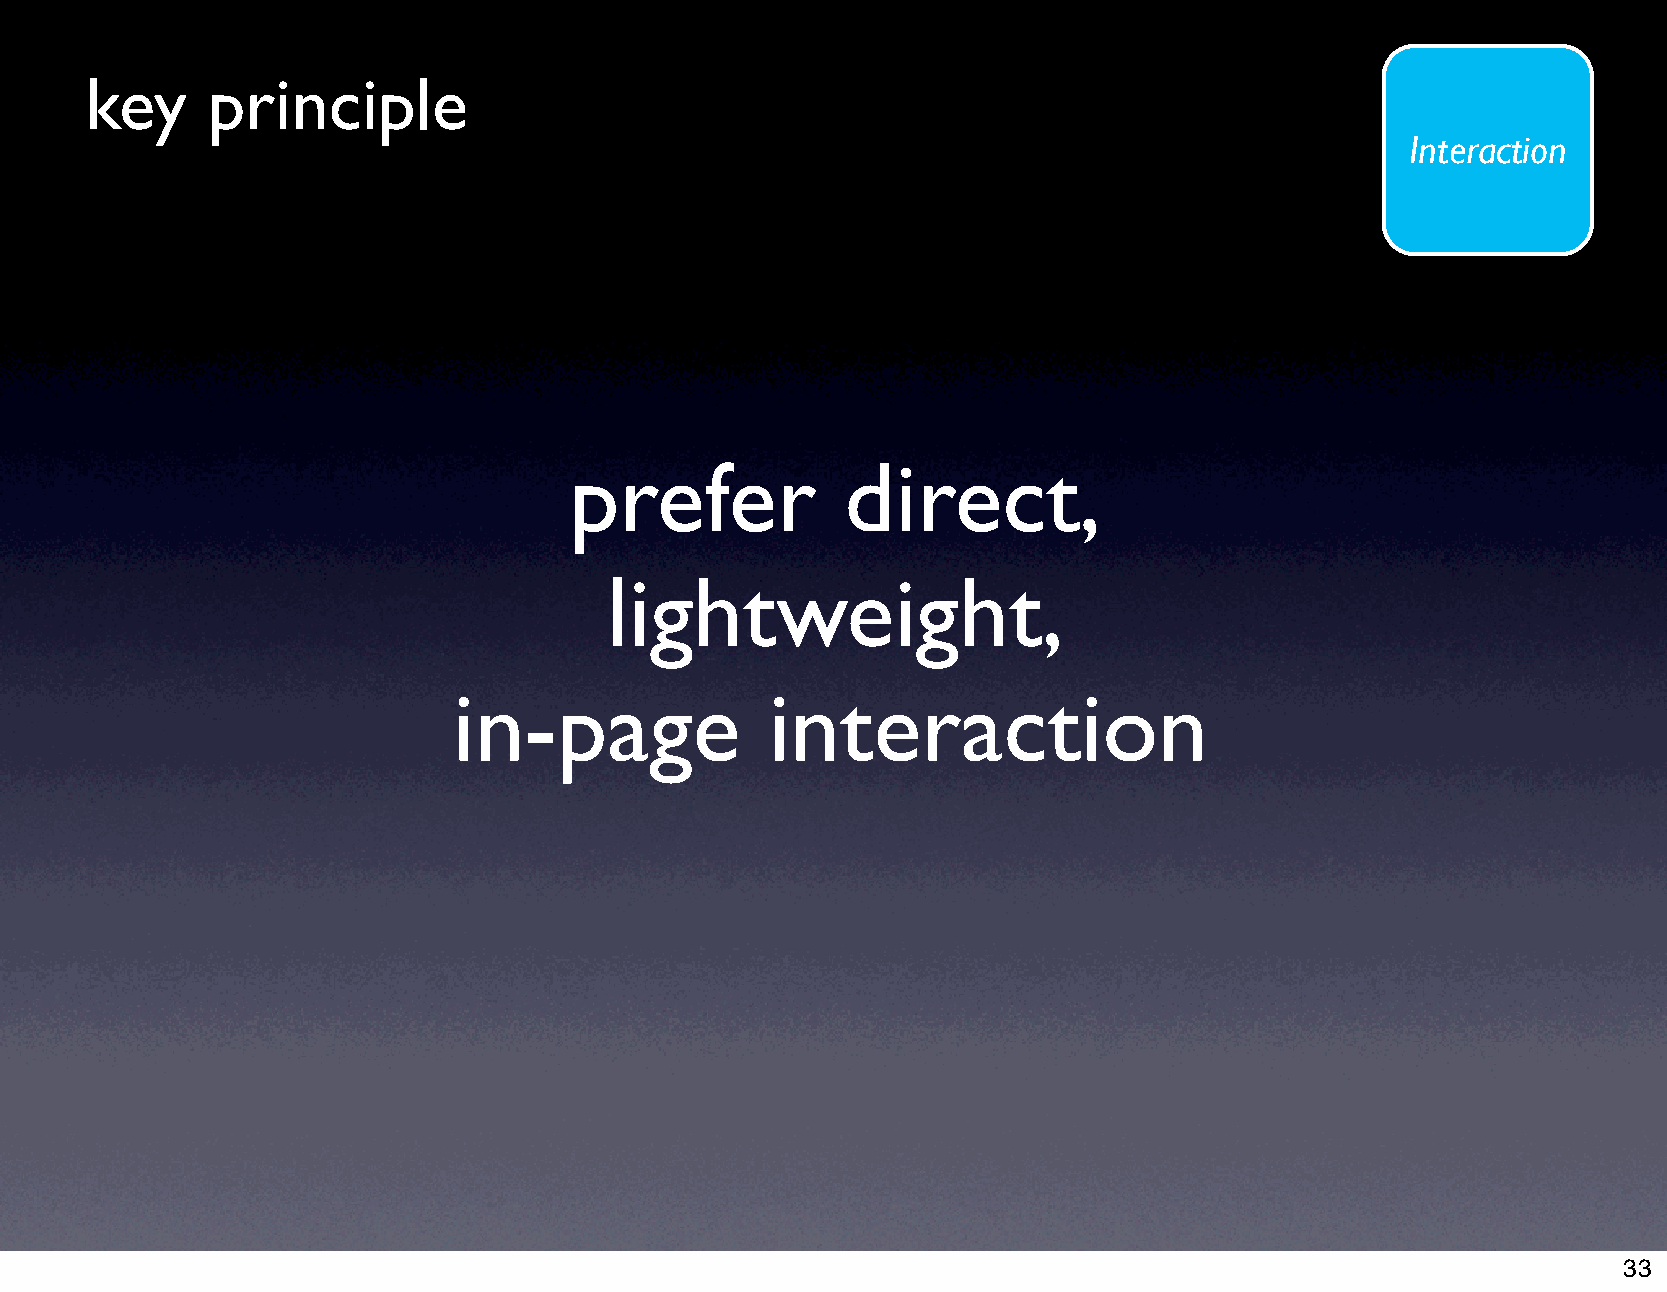
key     principle
 Interaction
 prefer            direct,
 lightweight,
 in-page              interaction
 33